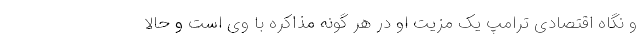
و نگاه اقتصادی ترامپ یک مزیت او در هر گونه مذاکره با وی است و حالا